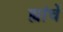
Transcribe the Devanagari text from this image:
ह्यांचें